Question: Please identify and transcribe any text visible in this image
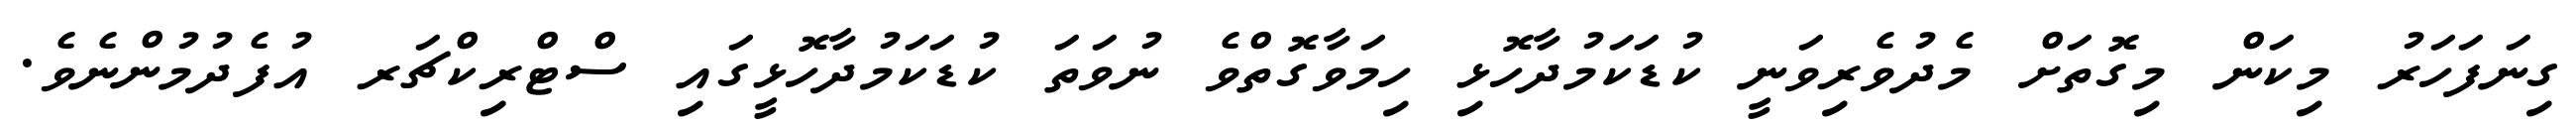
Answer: ގިނަފަހަރު މިކަން މިގޮތަށް މެދުވެރިވަނީ ކުޑަކަމުދާހޮޅި ހިމަވާގޮތްވެ ނުވަތަ ކުޑަކަމުދާހޮޅީގައި ސްޓްރިކްޗަރ އުފެދުމުންނެވެ.